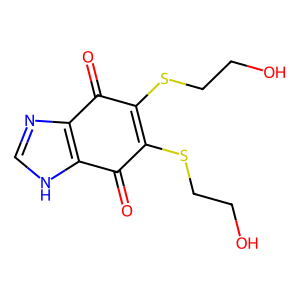
SMILES: O=C1C(SCCO)=C(SCCO)C(=O)c2[nH]cnc21
Inhibits HIV replication: No